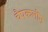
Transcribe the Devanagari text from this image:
चैपकलीन